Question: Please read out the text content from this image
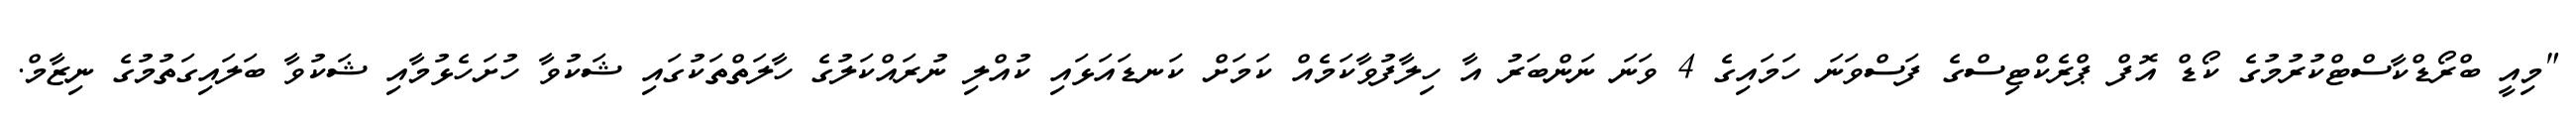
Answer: "މިއީ ބްރޯޑްކާސްޓްކުރުމުގެ ކޯޑް އޮފް ޕްރެކްޓިސްގެ ފަސްވަނަ ހަމައިގެ 4 ވަނަ ނަންބަރު އާ ހިލާފުވާކަމެއް ކަމަށް ކަނޑައަޅައި ކުއްލި ނުރައްކަލުގެ ހާލަތްތަކުގައި ޝަކުވާ ހުށަހެޅުމާއި ޝަކުވާ ބަލައިގަތުމުގެ ނިޒާމް.